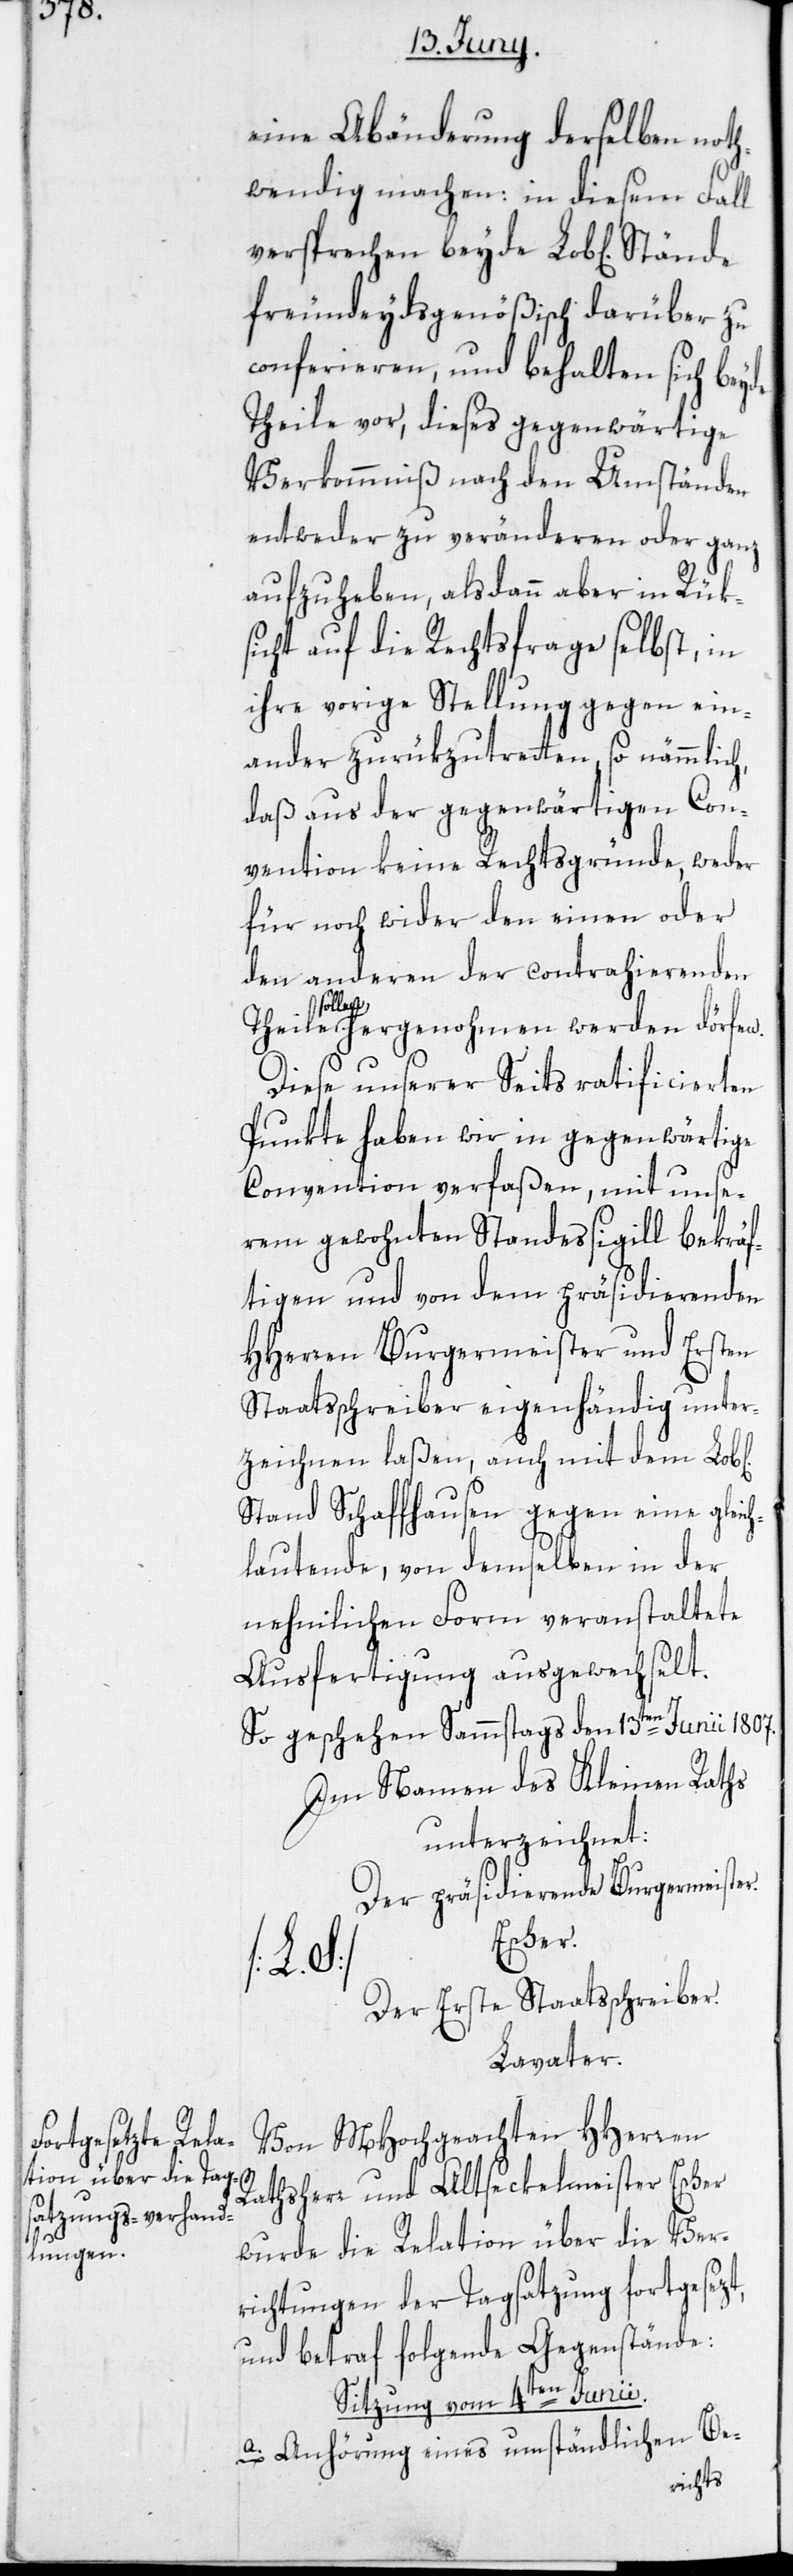
eine Abänderung derselben noth¬
wendig machen: in diesem Fall
versprechen beyde Lob[lichen]
freundeydsgenößisch darüber zu
conferieren, und behalten sich beyde
Theile vor, dieses gegenwärtige
Verkommniß nach den Umständen
entweder zu veränderen oder ganz
aufzuheben, alsdann aber in Rük¬
sicht auf die Rechtsfrage selbst, in
ihre vorige Stellung gegen ein¬
ander zurükzutretten, so nämmlich,
daß aus der gegenwärtigen Con¬
vention keine Rechtsgründe, weder
für noch wider den einen oder
den anderen der contrahierenden
sollen hergenohmen werden dörfen.
Diese unserer Seits ratificierten
Punkte haben wir in gegenwärtige
Convention verfaßen, mit unse¬
rem gewohnten Standessigill bekräf¬
tigen und von dem präsidierenden
HHerren Burgermeister und Ersten
Staatsschreiber eigenhändig unter¬
zeichnen laßen, auch mit dem Lob[l¬
Stand Schaffhausen gegen eine gleich¬
lautende, von demselben in der
nehmlichen Form veranstaltete
Ausfertigung ausgewechselt.
So geschehen Sammstags den 13ten Junii 1807.
Im Namen des Kleinen Raths
unterzeichnet:
Der präsidierende Burgermei¬
Escher.
ster.
Der Erste Staatsschreiber.
Lavater.
Von MHochgeachten HHerren
Rathsherr und Altseckelmeister Escher
wurde die Relation über die Ver¬
richtungen der Tagsatzung fortgesezt,
und betraf folgende Gegenstände:
Sitzung vom 4ten Junii.
a. Anhörung eines umständlichen Be-